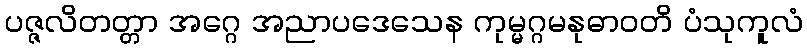
ပဇ္ဇလိတတ္တာ အဂ္ဂေ အညာပဒေသေန ကုမ္မဂ္ဂမနုဓာဝတိ ပံသုကူလံ